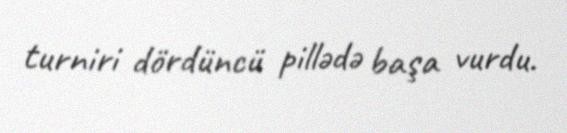
turniri dördüncü pillədə başa vurdu.